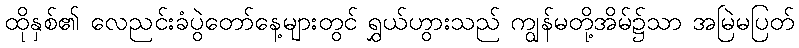
ထိုနှစ်၏ လေညင်းခံပွဲတော်နေ့များတွင် ရွှယ်ဟွားသည် ကျွန်မတို့အိမ်၌သာ အမြဲမပြတ်